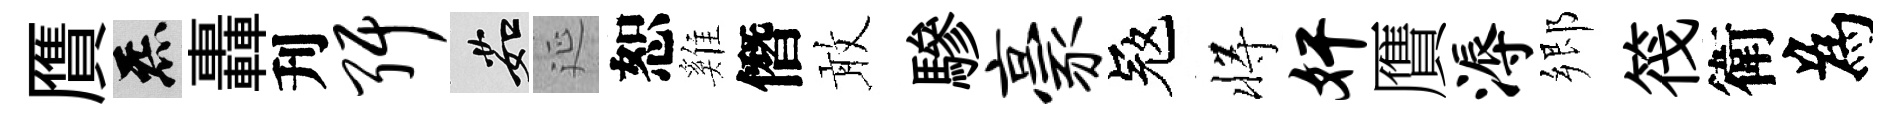
贋炁轟刋弭茹延恕雞僭敢驂豪冦将奸贋溽郷筏衛為